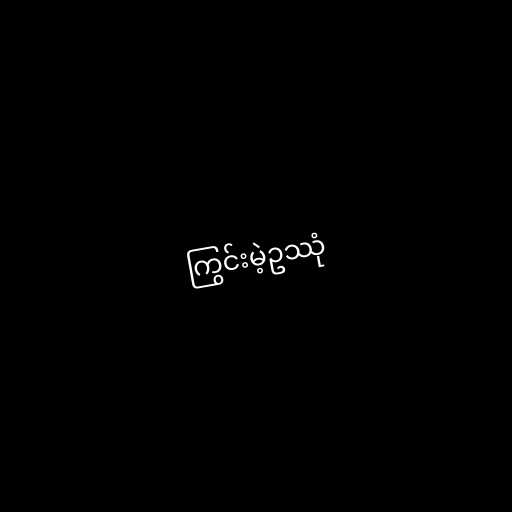
ကြွင်းမဲ့ဥဿုံ